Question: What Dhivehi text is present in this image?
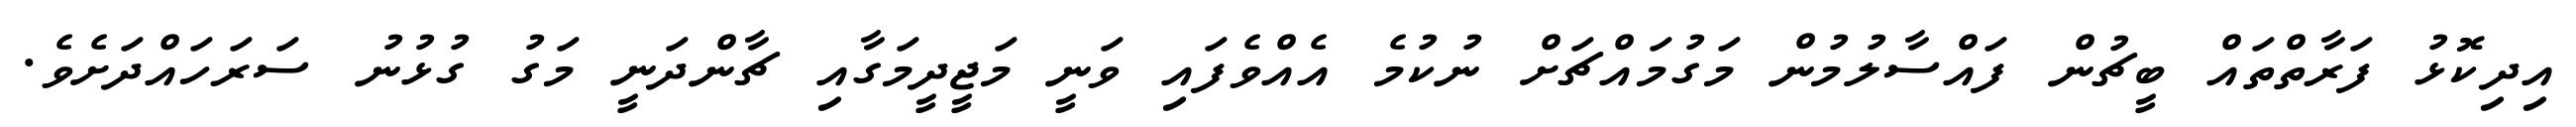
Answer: އިދިކޮޅު ފަރާތްތައް ބީޗުން ފައްސާލުމުން މަގުމައްޗަށް ނުކުމެ އެއްވެފައި ވަނީ މަޖީދީމަގާއި ޗާންދަނީ މަގު ގުޅުނު ސަރަހައްދަށެވެ.